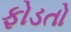
ફોડતો